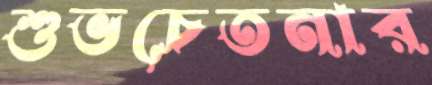
শুভচেতনার